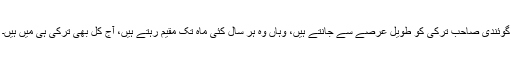
گوئندی صاحب ترکی کو طویل عرصے سے جانتے ہیں، وہاں وہ ہر سال کئی ماہ تک مقیم رہتے ہیں، آج کل بھی ترکی ہی میں ہیں۔